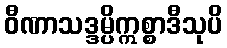
ဝီဏာသဒ္ဒမ္ပိဣစ္စာဒီသုပိ